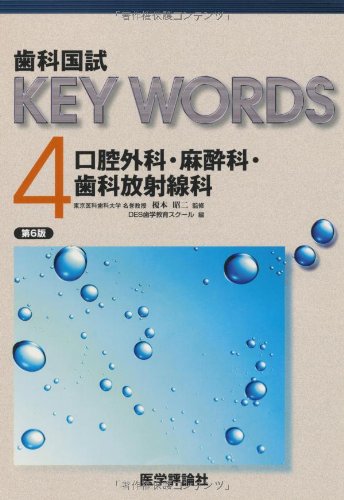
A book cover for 4 Oral and Maxillofacial Surgery / Anesthesiology / Dental dental radiology country test KEY WORDS (2010) ISBN: 4872119908 [Japanese Import]; ShoÃE"i Enomoto; Shigaku kyoÃE"ku sukuÃE"u..gy; Medical Books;